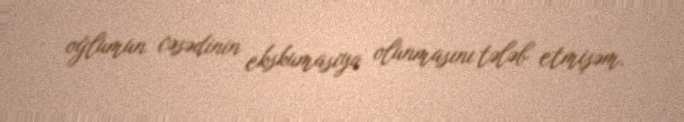
oğlumun cəsədinin ekskumasiya olunmasını tələb etmişəm.